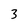
Character: 3